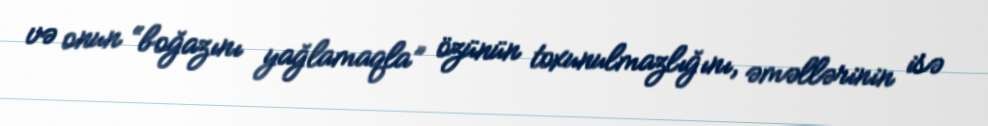
və onun “boğazını yağlamaqla” özünün toxunulmazlığını, əməllərinin isə